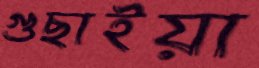
গুছাইয়া